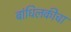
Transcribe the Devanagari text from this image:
बांधिलकीचा